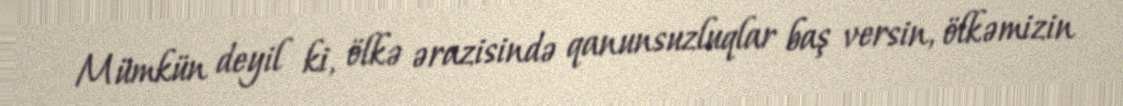
Mümkün deyil ki, ölkə ərazisində qanunsuzluqlar baş versin, ölkəmizin